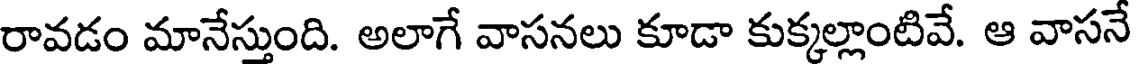
రావడం మానేస్తుంది. అలాగే వాసనలు కూడా కుక్కల్లాంటివే. ఆ వాసనే